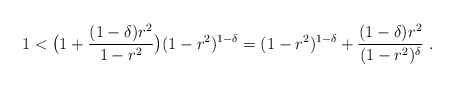
\begin{align*} 1<\bigl(1+\frac{(1-\delta)r^2}{1-r^2}\bigr) (1-r^2)^{1-\delta}= (1-r^2)^{1-\delta}+\frac{(1-\delta)r^2}{(1-r^2)^{\delta}}\ .\end{align*}